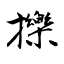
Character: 擽